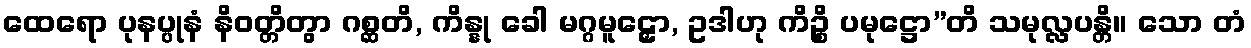
ထေရော ပုနပ္ပုနံ နိဝတ္တိတွာ ဂစ္ဆတိ, ကိန္နု ခေါ မဂ္ဂမူဠှော, ဥဒါဟု ကိဉ္စိ ပမုဋ္ဌော”တိ သမုလ္လပန္တိ။ သော တံ